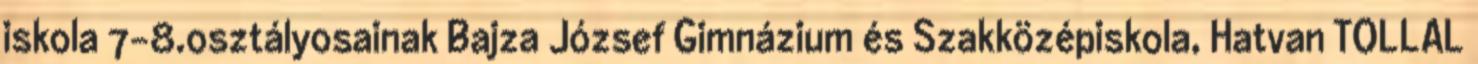
iskola 7-8.osztályosainak Bajza József Gimnázium és Szakközépiskola, Hatvan TOLLAL